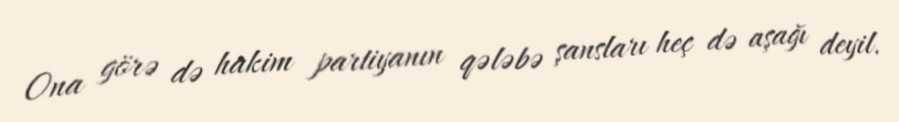
Ona görə də hakim partiyanın qələbə şansları heç də aşağı deyil.